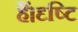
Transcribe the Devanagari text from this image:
हैं।दृष्टि